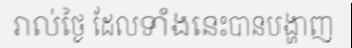
រាល់ថ្ងៃ ដែលទាំងនេះបានបង្ហាញ